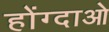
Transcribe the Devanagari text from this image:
होंग्दाओ